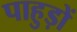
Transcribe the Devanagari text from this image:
पाहुड़ों